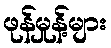
ဖုန်မှုန့်များ